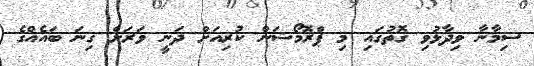
ސިމާނާ ވިދާޅުވި ގޮތުގައި މި ޕްރޮމޯޝަން ކުރިއަށް ދަނީ ވަރަށް ގިނަ ބައެއްގެ